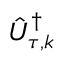
\hat { U } _ { \tau , k } ^ { \dag }